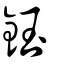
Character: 鈺